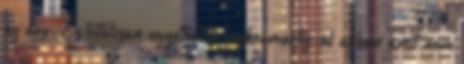
az áru. És totálisan egyetértek rockermarty-al abban amit nem